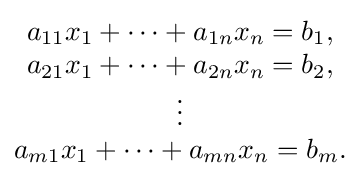
{\begin{matrix}a_{11}x_{1}+\cdots +a_{1n}x_{n}=b_{1},\\a_{21}x_{1}+\cdots +a_{2n}x_{n}=b_{2},\\\vdots \\a_{m1}x_{1}+\cdots +a_{mn}x_{n}=b_{m}.\end{matrix}}